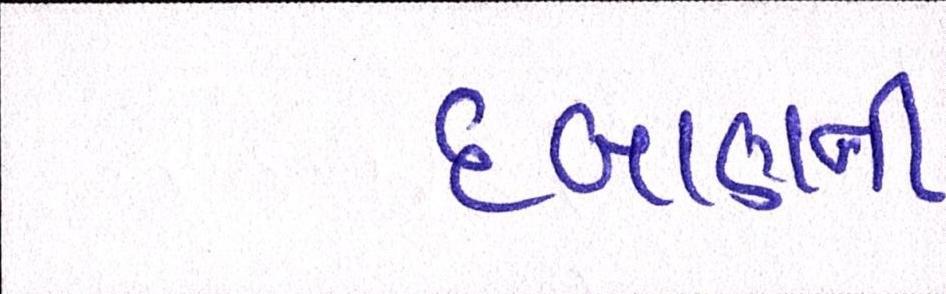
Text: દબાણની